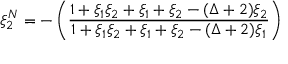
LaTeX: \xi _ { 2 } ^ { N } = - \left( \frac { 1 + \xi _ { 1 } \xi _ { 2 } + \xi _ { 1 } + \xi _ { 2 } - ( \Delta + 2 ) \xi _ { 2 } } { 1 + \xi _ { 1 } \xi _ { 2 } + \xi _ { 1 } + \xi _ { 2 } - ( \Delta + 2 ) \xi _ { 1 } } \right)